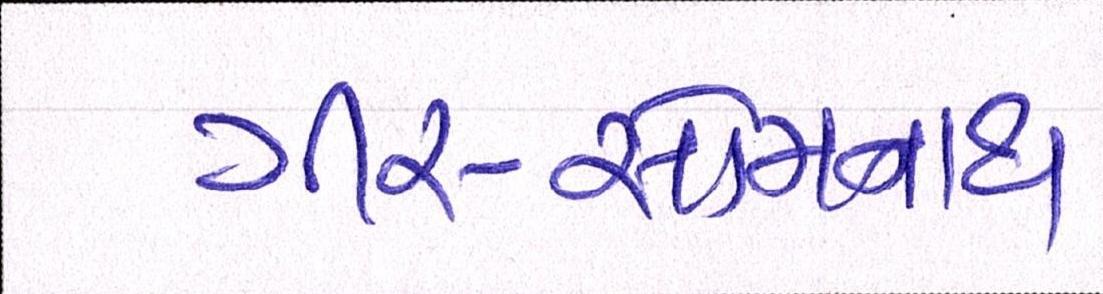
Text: ગીર-સોમનાથ